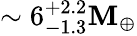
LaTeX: \sim6_{-1.3}^{+2.2}\mathbf{M}_{\oplus}